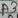
Text: A3